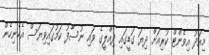
މިއަދު އިވެންޓް ކުރިއަށް ދިޔަ ގަޑީގައި ދިއްލީގެ ވައި ނުސާފު ކަމުގައިވިޔަސް އެހެނިހެން